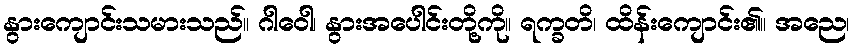
နွားကျောင်းသမားသည်။ ဂါဝေါ၊ နွားအပေါင်းတို့ကို။ ရက္ခတိ၊ ထိန်းကျောင်း၏။ အညေ၊